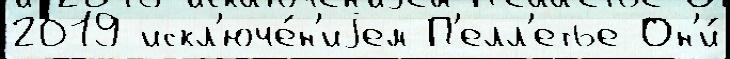
2019 искл'юче́н'иjем П'елл'етье Он'и́